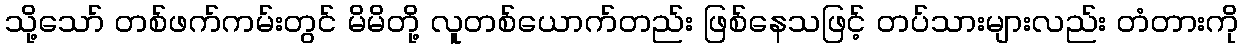
သို့သော် တစ်ဖက်ကမ်းတွင် မိမိတို့ လူတစ်ယောက်တည်း ဖြစ်နေသဖြင့် တပ်သားများလည်း တံတားကို